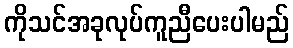
ကိုသင်အခုလုပ်ကူညီပေးပါမည်